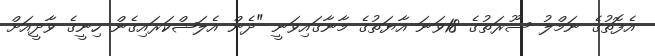
އެފޮތުގެ ނަމްލު ސޫރަތުގެ 18ވަނަ އާޔަތުގެ މާނާގައިވަނީ "ދެން އެލަޝްކަރައިގެން ހިނީގެ ވާދީއަށް